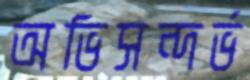
অভিসন্দর্ভ